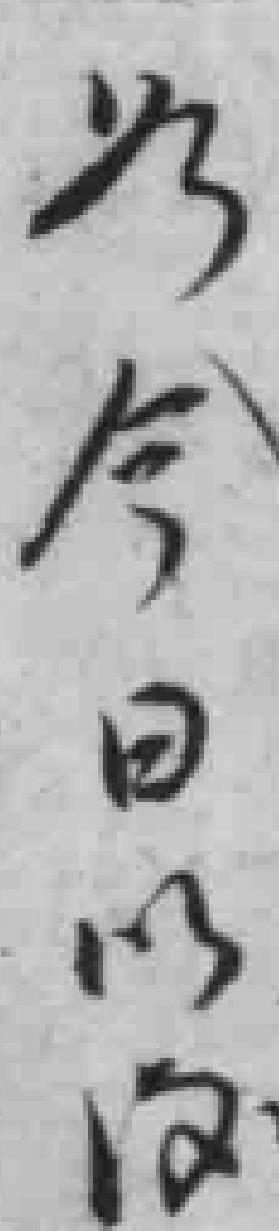
為今日以後